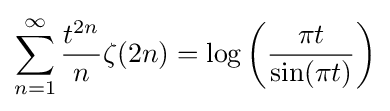
\sum _{n=1}^{\infty }{\frac {t^{2n}}{n}}\zeta (2n)=\log \left({\frac {\pi t}{\sin(\pi t)}}\right)